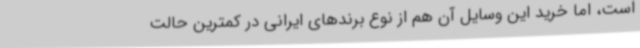
است، اما خرید این وسایل آن هم از نوع برندهای ایرانی در کمترین حالت